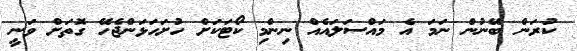
ކުރަން ބޭނުން ނަމަ އެ މައްސަލައެއް ނިންމި ކޯޓަކަށް ހުށަހަޅަންޖެހޭ ގޮތަށް ވަނީ